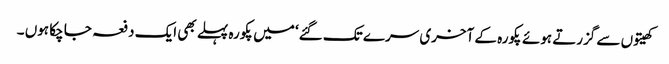
کھیتوں سے گزرتے ہوئے پکورہ کے آخری سرے تک گئے‘ میں پکورہ پہلے بھی ایک دفعہ جا چکا ہوں ۔